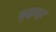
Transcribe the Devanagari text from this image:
कुड्डालूर